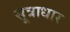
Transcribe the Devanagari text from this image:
सूत्राधार